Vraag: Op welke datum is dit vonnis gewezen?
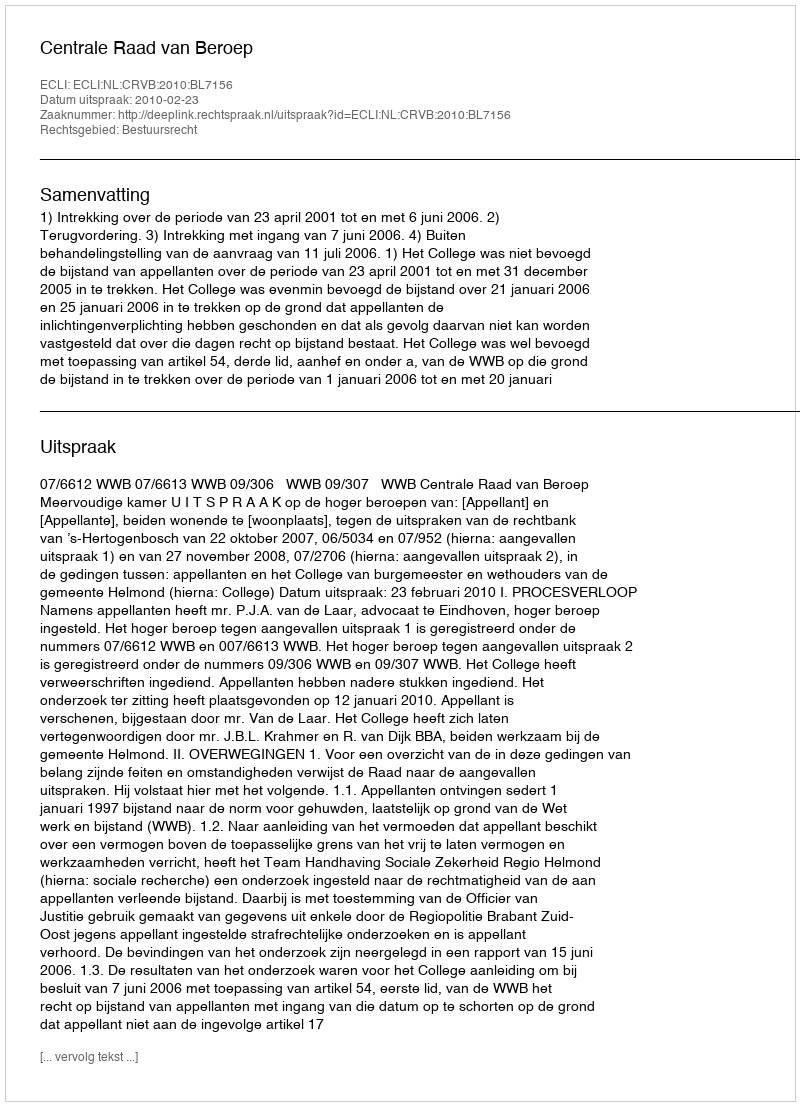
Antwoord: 2010-02-23